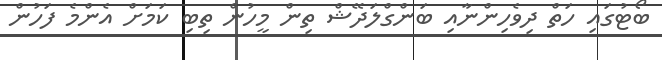
ބޯޓުގައި ހަތް ދިވެހިންނާއި ބަންގްލަދޭޝް ތިން މީހުން ތިބި ކަމަށް އެންމެ ފަހުން